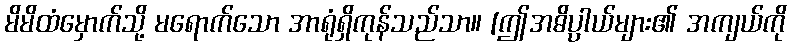
မိမိထံမှောက်သို့ မရောက်သော အာရုံရှိကုန်သည်သာ။ [ဤအဓိပ္ပာယ်များ၏ အကျယ်ကို